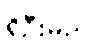
ရှိဦးမည်